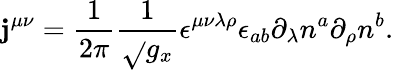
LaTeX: \mathbf{j}^{\mu\nu}=\frac{1}{{2\pi}}\frac{1}{{\sqrt{}{{g_{x}}}}}\epsilon^{\mu\nu\lambda\rho}\epsilon_{ab}\partial_{\lambda}n^{a}\partial_{\rho}n^{b}.